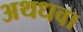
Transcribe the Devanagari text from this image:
अथधवा